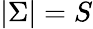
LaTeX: |\Sigma|=S